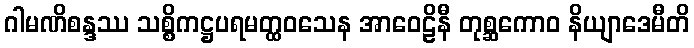
ဂါမဏိစန္ဒဿ သစ္စိကဋ္ဌပရမတ္ထဝသေန အာဝေဠိနီ တုစ္ဆကောဝ နိယျာဒေမီတိ